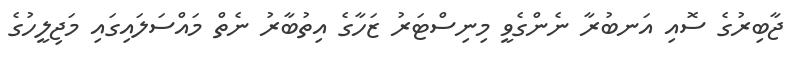
ޖާބިރުގެ ސޮއި އަނބުރާ ނެންގެވީ މިނިސްޓަރު ޒަހާގެ އިތުބާރު ނެތް މައްސަލައިގައި މަޖިލީހުގެ